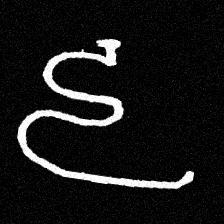
Pyu character \u2014 Myanmar letter: ဠ (romanized: lla)